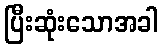
ပြီးဆုံးသောအခါ